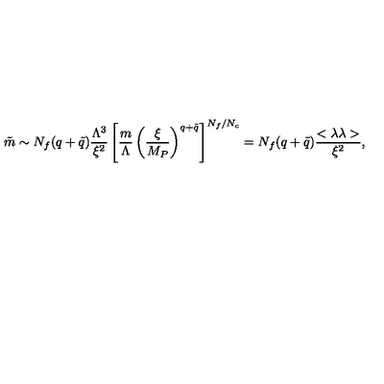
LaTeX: \tilde { m } \sim N _ { f } ( q + \tilde { q } ) { \frac { \Lambda ^ { 3 } } { \xi ^ { 2 } } } \left[ { \frac { m } { \Lambda } } \left( { \frac { \xi } { M _ { P } } } \right) ^ { q + \tilde { q } } \right] ^ { N _ { f } / N _ { c } } = N _ { f } ( q + \tilde { q } ) { \frac { < \lambda \lambda > } { \xi ^ { 2 } } } ,